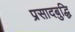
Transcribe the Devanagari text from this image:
प्रसादबुद्धि